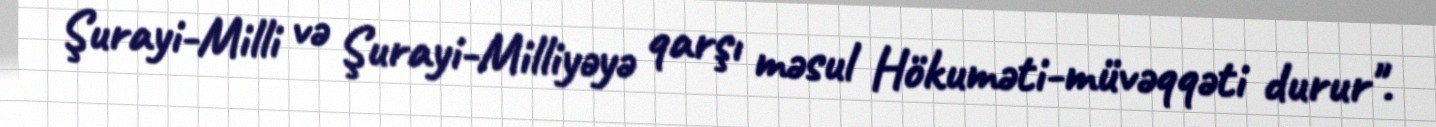
Şurayi-Milli və Şurayi-Milliyəyə qarşı məsul Hökuməti-müvəqqəti durur".